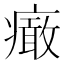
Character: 𤺍